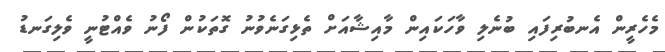
މެހެރީން އެނބުރިފައި ބުނެލި ވާހަކައިން މާއިޝާއަށް ތެޅިގަނެވުނު ގޮތަކުން ފޯނު ވެއްޓުނީ ވެލިގަނޑު